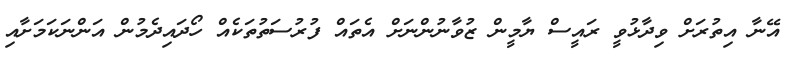
އޭނާ އިތުރަށް ވިދާޅުވީ ރައީސް ޔާމީން ޒުވާނުންނަށް އެތައް ފުރުސަތުތަކެއް ހޯދައިދެމުން އަންނަކަމަށާއި